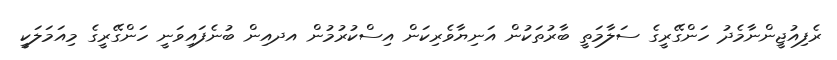
ރެފިއުޖީންނާމެދު ހަންގޭރީގެ ސަލާމަތީ ބާރުތަކުން އަނިޔާވެރިކަން އިސްކުރުމުން އދއިން ބުނެފައިވަނީ ހަންގޭރީގެ މިއަމަލަކީ